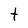
Character: t